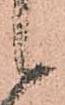
候